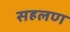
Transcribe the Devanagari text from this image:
सहलण